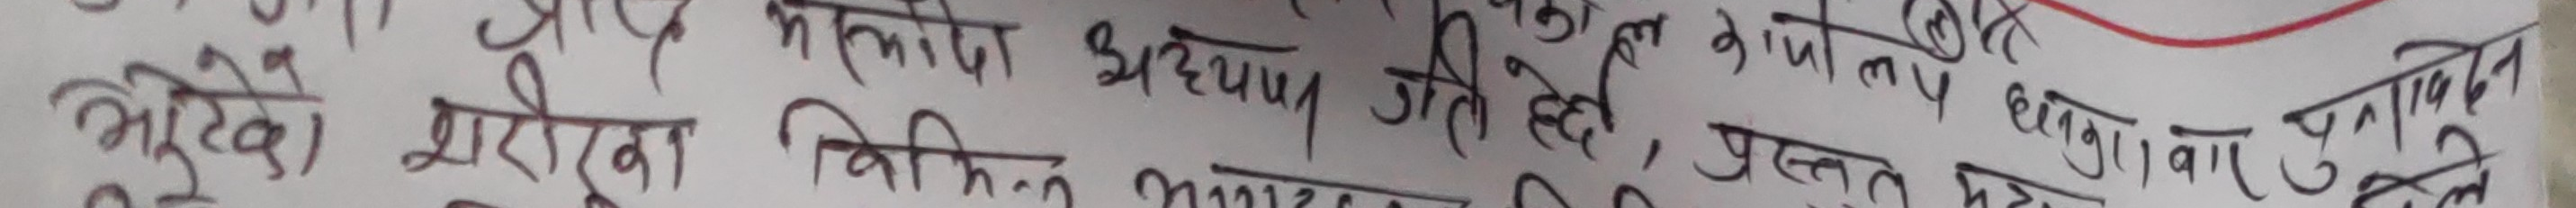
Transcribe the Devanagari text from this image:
और मनुष्य अध्याप होती है, पुत्रों का ज्ञान अथवा एक दूसरे से
और एक शरीर विभिन्न भागों के अध्ययन में प्रस्तुत होगा बार पुनः आबिदैन